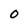
Character: O